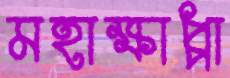
মহাক্ষাপ্পা